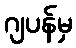
ဂျပန်မှ